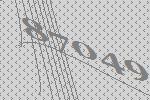
87049